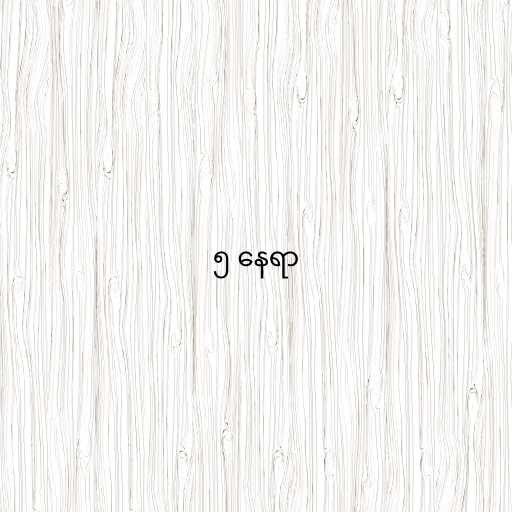
၅ နေရာ